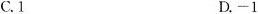
C.1 D.-1